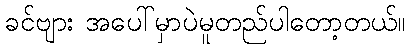
ခင်ဗျား အပေါ်မှာပဲမူတည်ပါတော့တယ်။